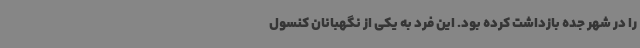
را در شهر جده بازداشت کرده بود. این فرد به یکی از نگهبانان کنسول